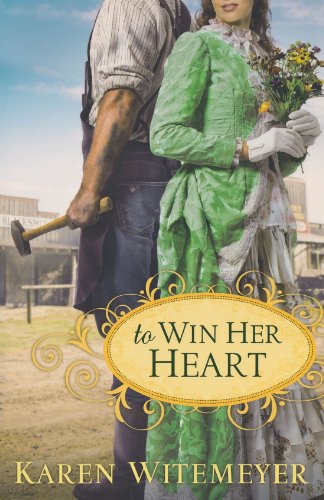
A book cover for To Win Her Heart; Karen Witemeyer; Romance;